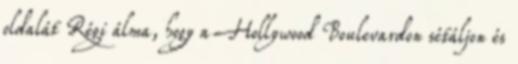
oldalát Régi álma, hogy a Hollywood Boulevardon sétáljon és